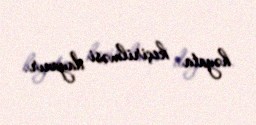
həyata keçirilməsi dayanır.